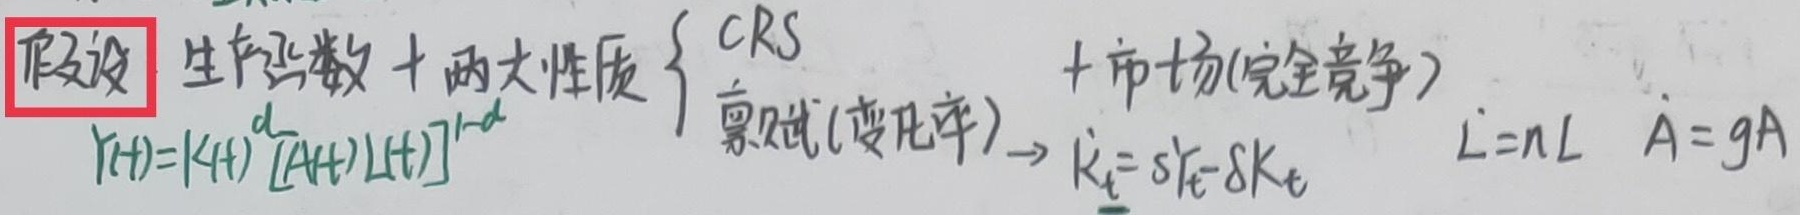
假设 生产函数+两大性质 $\begin{cases}
\text{CRS} \\
\text{禀赋(变几率)}
\end{cases}$ +市场(完全竞争)
$Y(t)=K(t)^{\alpha}[A(t)L(t)]^{1 - \alpha} \to \dot{K}_{t}=sY_{t}-\delta K_{t} \quad \dot{L}=nL \quad \dot{A}=gA$